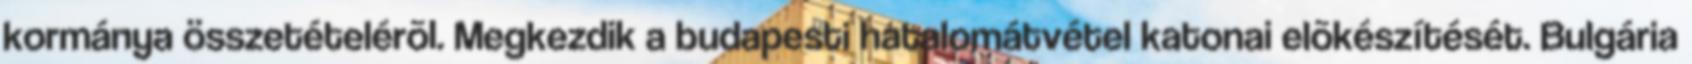
kormánya összetételérõl. Megkezdik a budapesti hatalomátvétel katonai elõkészítését. Bulgária